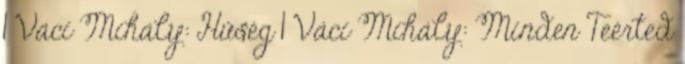
1 Váci Mihály: Hűség 1 Váci Mihály: Minden Teérted